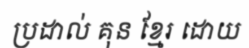
ប្រដាល់ គុន ខ្មែរ ដោយ